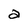
Character: a